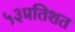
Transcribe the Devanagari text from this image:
५३प्रतिशत